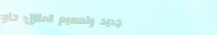
تجديد وتصميم المنازل: حلو